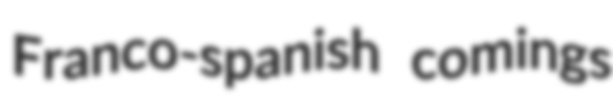
Franco-spanish comings